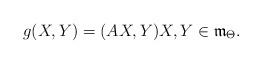
LaTeX: \begin{align*}g(X,Y)=(AX,Y) X,Y\in\mathfrak{m}_\Theta.\end{align*}